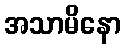
အသာမိနော